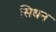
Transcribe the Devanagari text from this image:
सिधन